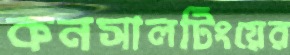
কনসালটিংয়ের